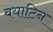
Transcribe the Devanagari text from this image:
बयाटिन